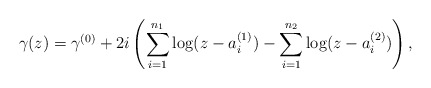
\begin{align*}\gamma (z)=\gamma^{(0)}+2i\left (\sum_{i=1}^{n_1}\log (z-a_i^{(1)})- \sum_{i=1}^{n_2}\log (z-a_i^{(2)})\right ),\end{align*}